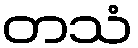
တသံ